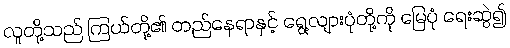
လူတို့သည် ကြယ်တို့၏ တည်နေရာနှင့် ရွေ့လျားပုံတို့ကို မြေပုံ ရေးဆွဲ၍